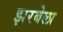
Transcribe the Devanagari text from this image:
झरबेला